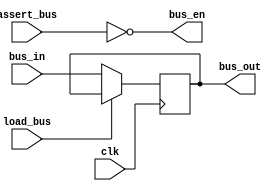
`default_nettype none
module register_const #(
    parameter WIDTH = 8, // bus width in bits
    parameter DEFAULT_VALUE = 0 // defaults to "pulled up" (8'hff for 8 width, for example)
) (
    input clk,

    input [WIDTH-1:0] bus_in,
    input assert_bus,
    input load_bus,
    output [WIDTH-1:0] bus_out,
    output bus_en
);
    reg [WIDTH-1:0] value = DEFAULT_VALUE;

    // do everything at a clock edge to make timing more predictable
    always @(posedge clk) begin
        value <= !load_bus ? bus_in : value;
    end

    // note that the bus takes care enable behavior, so we just output the data at all times
    assign bus_out = value;
    assign bus_en = ~assert_bus;

endmodule